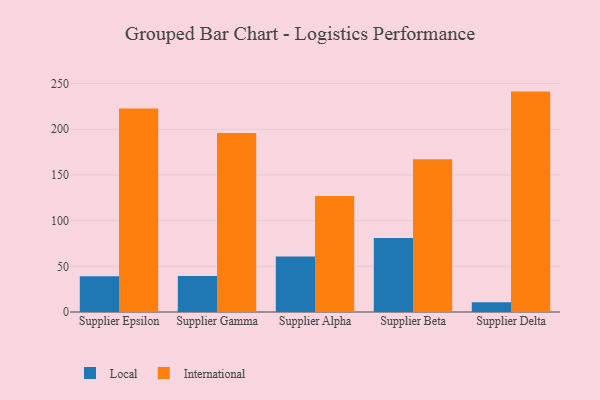
{"axis": {"x": "Supplier", "y": "Budget (USD K)"}, "legend": ["International", "Local"], "data": [{"x": "Supplier Epsilon", "y": 39.0, "type": "Local"}, {"x": "Supplier Epsilon", "y": 222.7, "type": "International"}, {"x": "Supplier Gamma", "y": 39.4, "type": "Local"}, {"x": "Supplier Gamma", "y": 195.8, "type": "International"}, {"x": "Supplier Alpha", "y": 60.7, "type": "Local"}, {"x": "Supplier Alpha", "y": 126.9, "type": "International"}, {"x": "Supplier Beta", "y": 81.1, "type": "Local"}, {"x": "Supplier Beta", "y": 167.2, "type": "International"}, {"x": "Supplier Delta", "y": 10.8, "type": "Local"}, {"x": "Supplier Delta", "y": 241.2, "type": "International"}]}